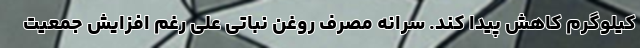
کیلوگرم کاهش پیدا کند. سرانه مصرف روغن‌ نباتی علی رغم افزایش جمعیت